Report of the Indian Hemp Drugs Commission, 1894-1895 - Volume VIII
Year: 1894
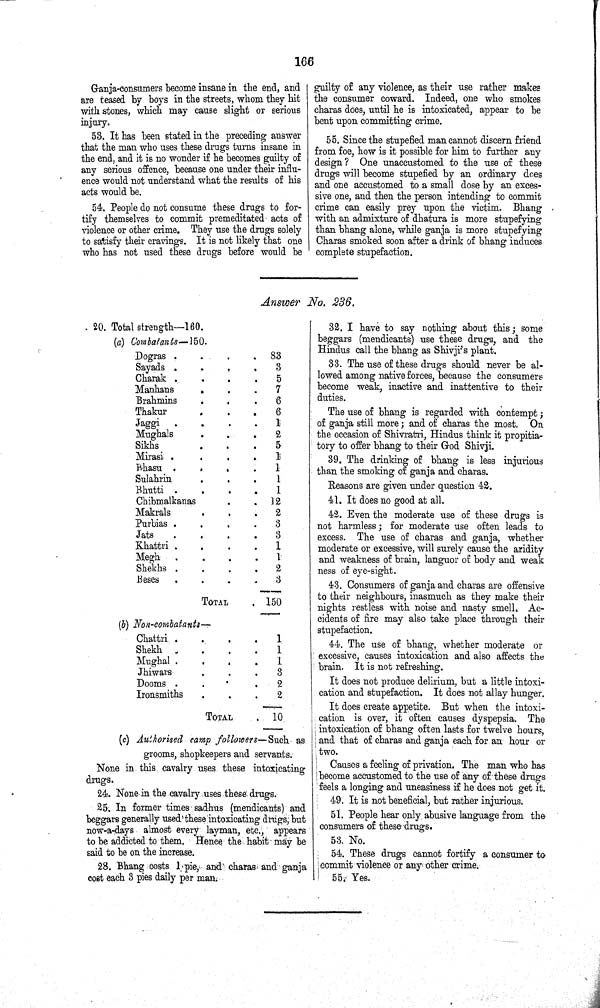
166
Ganja-consumers become insane in the end, and
are teased by boys in the streets, whom they hit
with stones, which may cause slight or serious
injury.
53. It has been stated in the preceding answer
that the man who uses these drugs turns insane in
the end, and it is no wonder if he becomes guilty of
any serious offence, because one under their influ¬
ence would not understand what the results of his
acts would be.
54. People do not consume these drugs to for¬
tify themselves to commit premeditated acts of
violence or other crime. They use the drugs solely
to satisfy their cravings. It is not likely that one
who has not used these drugs before would be
guilty of any violence, as their use rather makes
the consumer coward. Indeed, one who smokes
charas does, until he is intoxicated, appear to be
bent upon committing crime.
55. Since the stupefied man cannot discern friend
from foe, how is it possible for him to further any
design? One unaccustomed to the use of these
drugs will become stupefied by an ordinary does
and one accustomed to a small dose by an exces¬
sive one, and then the person intending to commit
crime can easily prey upon the victim. Bhang
with an admixture of dhatura is more stupefying
than bhang alone, while ganja is more stupefying
Charas smoked soon after a drink of bhang induces
complete stupefaction.
Answer No. 236.
20. Total strength—160.
(a) Combatants—150.
Dogras
83
Sayads
3
Charak
5
Manhans
7
Brahmins
6
Thakur
6
Jaggi
1
Mughals
2
Sikhs
5
Mirasi
1
Bhasu
1
Sulahrin
1
Bhutti
1
Chibmalkanas
12
Makrals
2
Purbias
8
Jats
3
Khattri
1
Megh
1
Shekhs
2
Beses
3
TOTAL
150
(b) Non-combatants—
Chattri
1
Shekh
1
Mughal
1
Jhiwars
8
Dooms
2
Ironsmiths
2
TOTAL
10
(c) Authorised camp followers—Such as
grooms, shopkeepers and servants.
None in this cavalry uses these intoxicating
drugs.
24. None in the cavalry uses these drugs.
25. In former times sadhus (mendicants) and
beggars generally used these intoxicating drugs, but
now-a-days almost every layman, etc., appears
to be addicted to them. Hence the habit may be
said to be on the increase.
28. Bhang costs 1 pie, and charas and ganja
cost each 3 pies daily per man.
32. I have to say nothing about this; some
beggars (mendicants) use these drugs, and the
Hindus call the bhang as Shivji's plant.
33. The use of these drugs should never be al¬
lowed among native forces, because the consumers?
become weak, inactive and inattentive to their
duties.
The use of bhang is regarded with contempt;
of ganja still more; and of charas the most. On
the occasion of Shivratri, Hindus think it propitia¬
tory to offer bhang to their God Shivji.
39. The drinking of bhang is less injurious
than the smoking of ganja and charas.
Reasons are given under question 42.
41. It does no good at all.
42. Even the moderate use of these drugs is
not harmless; for moderate use often leads to
excess. The use of charas and ganja, whether
moderate or excessive, will surely cause the aridity
and weakness of brain, languor of body and weak
ness of eye-sight.
43. Consumers of ganja and charas are offensive
to their neighbours, inasmuch as they make their
nights restless with noise and nasty smell. Ac¬
cidents of fire may also take place through their
stupefaction.
44. The use of bhang, whether moderate or
excessive, causes intoxication and also affects the
brain. It is not refreshing.
It does not produce delirium, but a little intoxi¬
cation and stupefaction. It does not allay hunger.
It does create appetite. But when the intoxi¬
cation is over, it often causes dyspepsia. The
intoxication of bhang often lasts for twelve hours,
and that of charas and ganja each for an hour or
two.
Causes a feeling of privation. The man who has
become accustomed to the use of any of these drugs
feels a longing and uneasiness if he does not get it.
49. It is not beneficial, but rather injurious.
51. People hear only abusive language from the
consumers of these drugs.
53. No.
54. These drugs cannot fortify a consumer to
commit violence or any other crime.
55. Yes.